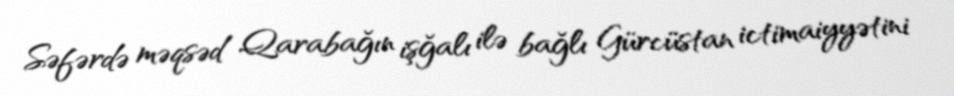
Səfərdə məqsəd Qarabağın işğalı ilə bağlı Gürcüstan ictimaiyyətini